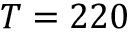
T = 2 2 0